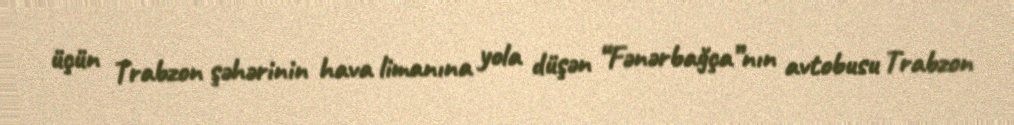
üçün Trabzon şəhərinin hava limanına yola düşən “Fənərbağça”nın avtobusu Trabzon